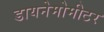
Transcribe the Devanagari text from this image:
डायनेमोमीटर